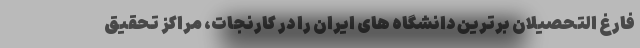
فارغ التحصیلان برترین دانشگاه های ایران را در کارنجات، مراکز تحقیق